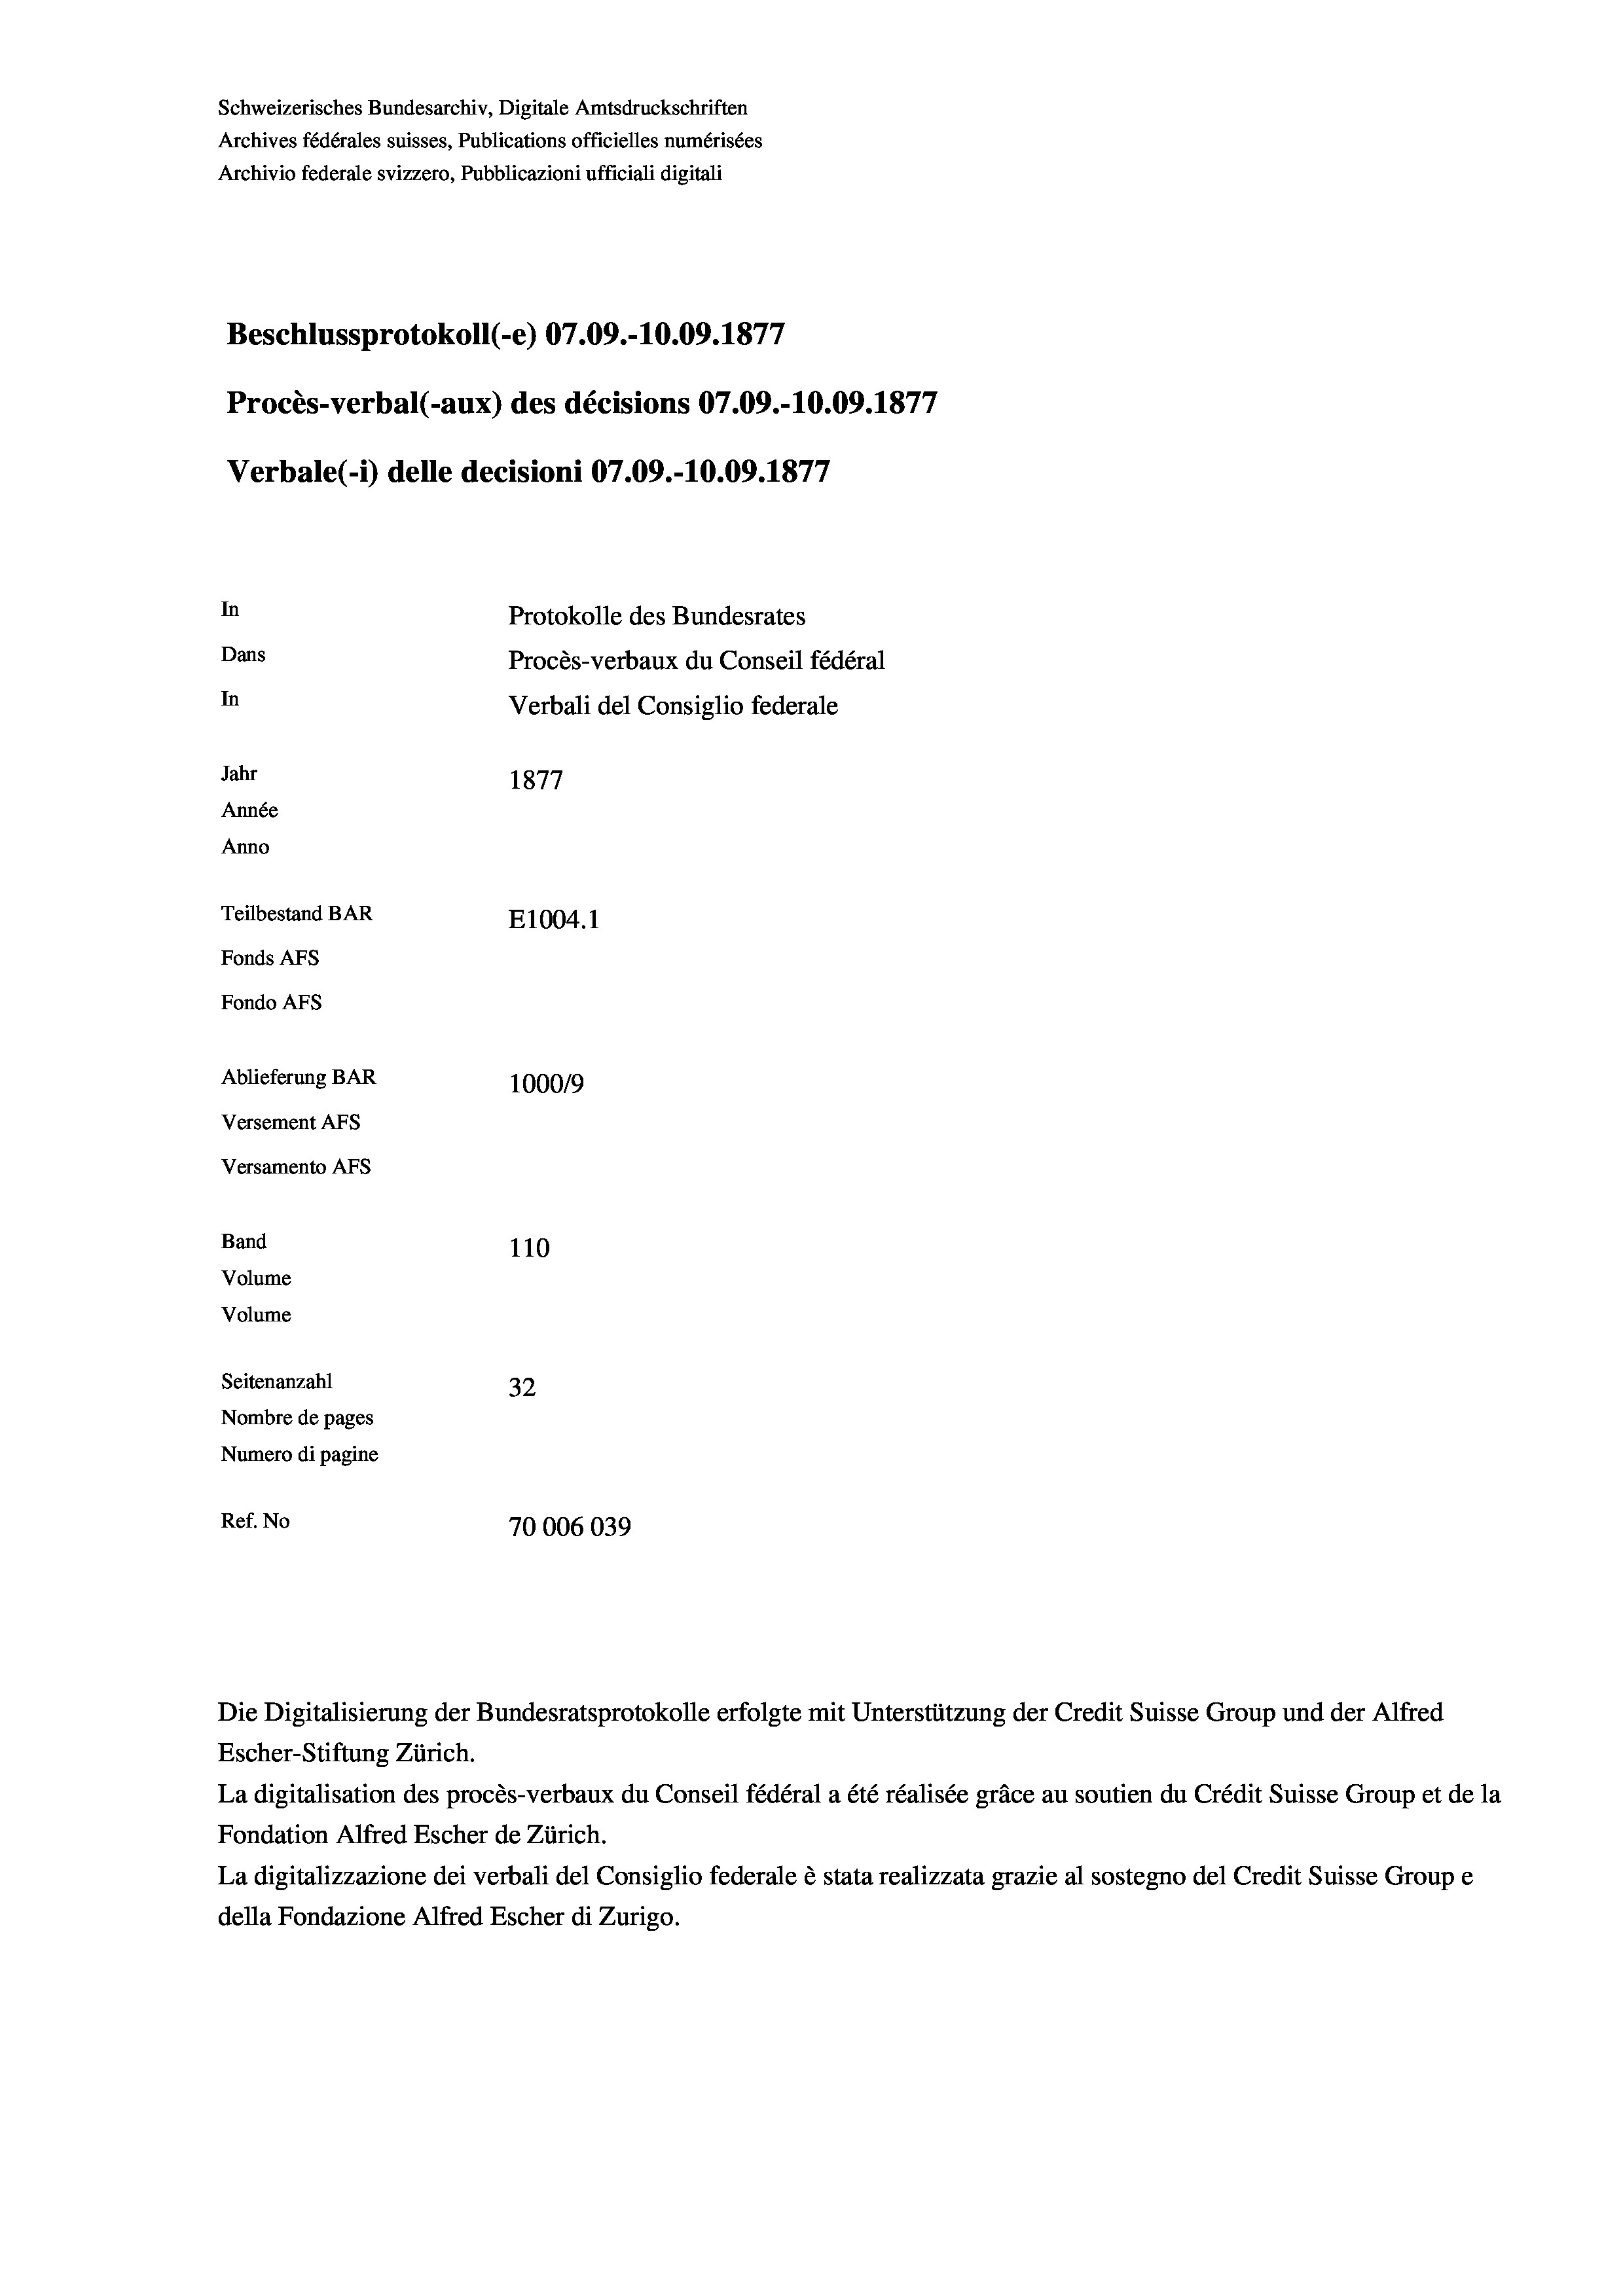
Schweizerisches Bundesarchiv, Digitale Amtsdruckschriften
Archives fédérales suisses, Publications officielles numérisées
Archivio federale svizzero, Pubblicazioni ufficiali digitali
Beschlussprotokoll (-e) 07.09.-10.09. 1877
Procès-verbal (-aux) des décisions 07.09.-10.09. 1877
Verbale (- 1) delle decisioni 07.09.-10.09. 1877
In
Protokolle des Bundesrates
Dans
Procès-verbaux du Conseil fédéral
In
Verbali del Consiglio federale
Jahr
1877
Année
Anno
Teilbestand BAR
E1004.1
Fonds AFs
Fondo AFS
Ablieferung BAR
100019
Versement AFs

Versamento AFS
Band
Volume
Volume

110
Seitenanzahl
32
Nombre de pages
Numero di pagine
Ref. No
70006039

Die Digitalisierung der Bundesratsprotokolle erfolgte mit Unterstützung der Credit Suisse Group und der Alfred
Escher-Stiftung Zürich.
La digitalisation des procès-verbaux du Conseil fédéral a été réalisée gräce au soutien du Crédit Suisse Group et de la
Fondation Alfred Escher de Zürich.
La digitalizzazione dei verbali del Consiglio federale è stata realizzata grazie al sostegno del Credit Suisse Groupe
della Fondazione Alfred Escher di Zurigo.